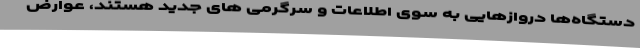
دستگاه‌ها دروازهایی به سوی اطلاعات و سرگرمی های جدید هستند، عوارض